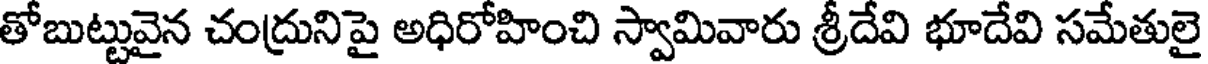
తోబుట్టువైన చంద్రునిపై అధిరోహించి స్వామివారు శ్రీదేవి భూదేవి సమేతులై